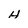
Character: H